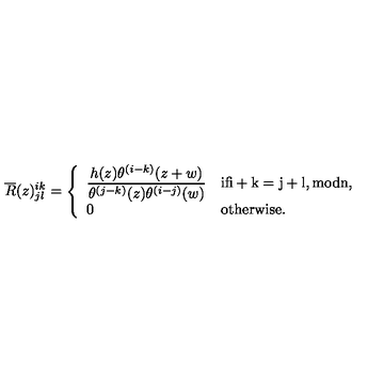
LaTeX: \overline { { R } } ( z ) _ { j l } ^ { i k } = \left\{ \begin{array} { l l } { \displaystyle \frac { h ( z ) \theta ^ { ( i - k ) } ( z + w ) } { \theta ^ { ( j - k ) } ( z ) \theta ^ { ( i - j ) } ( w ) } } & { \mathrm { i f i + k = j + l , m o d n , } } \\ { 0 } & { \mathrm { o t h e r w i s e . } } \\ \end{array} \right.